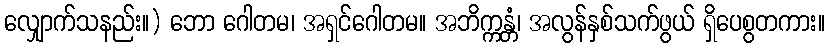
လျှောက်သနည်း။) ဘော ဂေါတမ၊ အရှင်ဂေါတမ။ အဘိက္ကန္တံ၊ အလွန်နှစ်သက်ဖွယ် ရှိပေစွတကား။